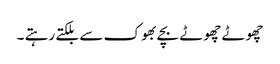
چھوٹے چھوٹے بچے بھوک سے بلکتے رہتے ۔